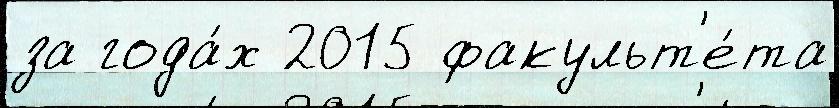
за года́х 2015 факульт'е́та